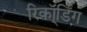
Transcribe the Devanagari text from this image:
रिकॉ्र्डिंग